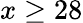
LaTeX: x\geq 28